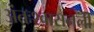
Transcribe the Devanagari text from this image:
अंतःश्वासनली